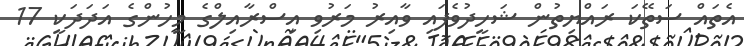
އެތައް ސަތޭކަ ރައްޔިތުން ޝަހީދުވެފައި ވާއިރު މަރުވި އިސްރާއިލްގެ މީހުންގެ އަދަދަކީ 17